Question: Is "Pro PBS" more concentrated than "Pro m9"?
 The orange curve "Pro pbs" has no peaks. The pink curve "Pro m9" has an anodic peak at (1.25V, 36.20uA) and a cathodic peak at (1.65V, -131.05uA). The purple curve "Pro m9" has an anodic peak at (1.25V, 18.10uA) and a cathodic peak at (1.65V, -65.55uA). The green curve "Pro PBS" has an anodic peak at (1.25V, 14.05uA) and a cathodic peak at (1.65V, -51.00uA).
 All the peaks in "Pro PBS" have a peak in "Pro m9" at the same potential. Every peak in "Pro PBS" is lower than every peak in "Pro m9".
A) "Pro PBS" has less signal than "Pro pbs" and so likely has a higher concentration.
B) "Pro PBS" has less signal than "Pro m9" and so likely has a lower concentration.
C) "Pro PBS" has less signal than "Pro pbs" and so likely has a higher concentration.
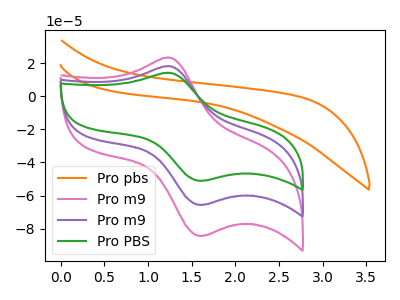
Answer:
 <answer>B) "Pro PBS" has less signal than "Pro m9" and so likely has a lower concentration.</answer>
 <eval>B</eval>